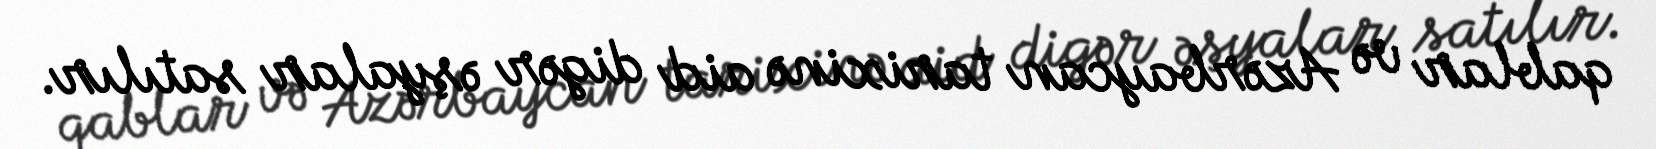
qablar və Azərbaycan tarixinə aid digər əşyalar satılır.